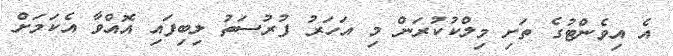
އެ އިވެންޓުގެ ތަށި މިލްކުކުރަން މި އަހަރު ފުރުސަތު ލިބިފައި އޮއްވާ އެކަމަށް